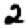
Digit: 2